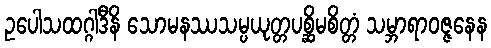
ဥပေါသထဂ္ဂါဒီနိ သောမနဿသမ္ပယုတ္တပစ္ဆိမစိတ္တံ သမ္ဘာရာဝဇ္ဇနေန